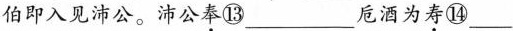
伯即入见沛公。沛公\underset{·}{奉}⑬___卮酒为\underset{·}{寿}⑭___